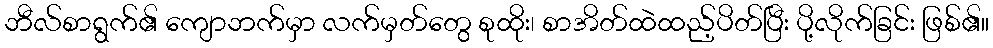
ဘီလ်စာရွက်၏ ကျောဘက်မှာ လက်မှတ်တွေ စုထိုး၊ စာအိတ်ထဲထည့်ပိတ်ပြီး ပို့လိုက်ခြင်း ဖြစ်၏။